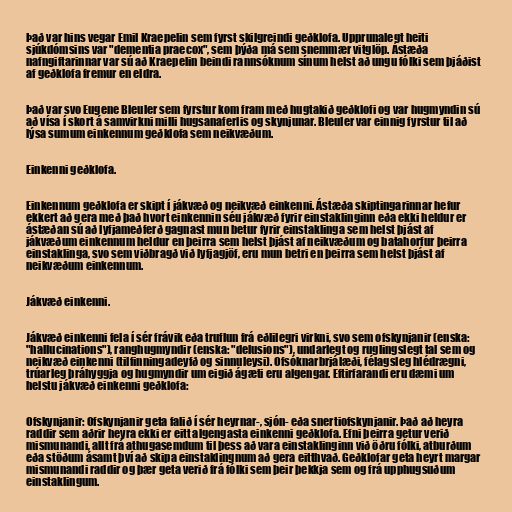
Það var hins vegar Emil Kraepelin sem fyrst skilgreindi geðklofa. Upprunalegt heiti
sjúkdómsins var "dementia praecox", sem þýða má sem snemmær vitglöp. Ástæða
nafngiftarinnar var sú að Kraepelin beindi rannsóknum sínum helst að ungu fólki sem þjáðist
af geðklofa fremur en eldra.

Það var svo Eugene Bleuler sem fyrstur kom fram með hugtakið geðklofi og var hugmyndin sú
að vísa í skort á samvirkni milli hugsanaferlis og skynjunar. Bleuler var einnig fyrstur til að
lýsa sumum einkennum geðklofa sem neikvæðum.

Einkenni geðklofa.

Einkennum geðklofa er skipt í jákvæð og neikvæð einkenni. Ástæða skiptingarinnar hefur
ekkert að gera með það hvort einkennin séu jákvæð fyrir einstaklinginn eða ekki heldur er
ástæðan sú að lyfjameðferð gagnast mun betur fyrir einstaklinga sem helst þjást af
jákvæðum einkennum heldur en þeirra sem helst þjást af neikvæðum og batahorfur þeirra
einstaklinga, svo sem viðbragð við lyfjagjöf, eru mun betri en þeirra sem helst þjást af
neikvæðum einkennum.

Jákvæð einkenni.

Jákvæð einkenni fela í sér frávik eða truflun frá eðlilegri virkni, svo sem ofskynjanir (enska:
"hallucinations"), ranghugmyndir (enska: "delusions"), undarlegt og ruglingslegt tal sem og
neikvæð einkenni (tilfinningadeyfð og sinnuleysi). Ofsóknarbrjálæði, félagsleg hlédrægni,
trúarleg þráhyggja og hugmyndir um eigið ágæti eru algengar. Eftirfarandi eru dæmi um
helstu jákvæð einkenni geðklofa:

Ofskynjanir: Ofskynjanir geta falið í sér heyrnar-, sjón- eða snertiofskynjanir. Það að heyra
raddir sem aðrir heyra ekki er eitt algengasta einkenni geðklofa. Efni þeirra getur verið
mismunandi, allt frá athugasemdum til þess að vara einstaklinginn við öðru fólki, atburðum
eða stöðum ásamt því að skipa einstaklingnum að gera eitthvað. Geðklofar geta heyrt margar
mismunandi raddir og þær geta verið frá fólki sem þeir þekkja sem og frá upphugsuðum
einstaklingum.